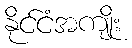
နိုင်ငံအကျိုး